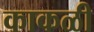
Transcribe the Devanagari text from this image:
काकळी